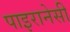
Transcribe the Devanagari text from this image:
पाइरानेसी